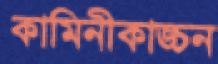
কামিনীকাঙ্চন